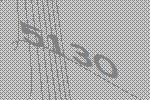
5130